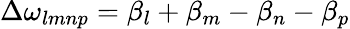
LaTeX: \Delta\omega_{lmnp}=\beta_{l}+\beta_{m}-\beta_{n}-\beta_{p}